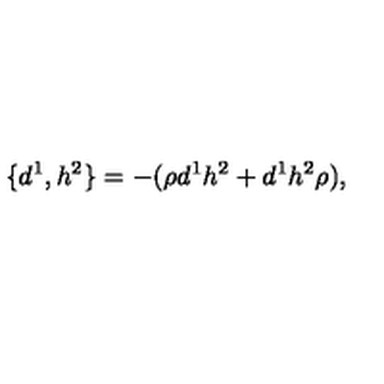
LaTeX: \{ d ^ { 1 } , h ^ { 2 } \} = - ( \rho d ^ { 1 } h ^ { 2 } + d ^ { 1 } h ^ { 2 } \rho ) ,